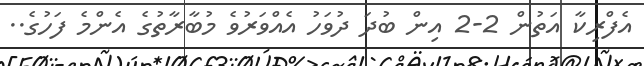
އެފްރިކާ އަތުން 2-2 އިން ބުދަ ދުވަހު އެއްވަރުވެ މުބާރާތުގެ އެންމެ ފަހުގެ..